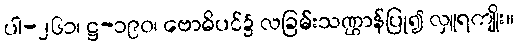
ပါ-၂၆၁၊ ဋ္ဌ-၁၉၀၊ ဗောဓိပင်၌ လခြမ်းသဏ္ဌာန်ပြု၍ လှူရကျိုး။